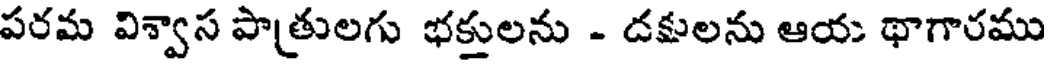
పరమ విశ్వాస పాత్రులగు భక్తులను - దక్షులను ఆయ థాగారము